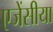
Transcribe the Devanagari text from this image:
एजेंसीया